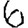
Digit: 6